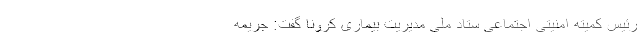
رئیس کمیته امنیتی اجتماعی ستاد ملی مدیریت بیماری کرونا گفت: جریمه